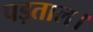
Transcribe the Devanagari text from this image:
पड़ताल।